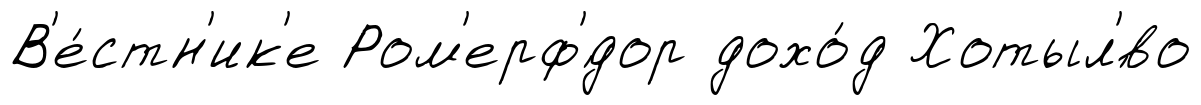
В'е́стн'ик'е Ром'ерф'́дор дохо́д Хотыл'́во